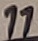
Text: 11